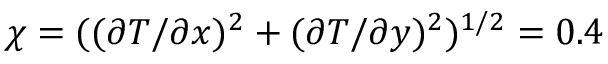
\chi = ( ( \partial T / \partial x ) ^ { 2 } + ( \partial T / \partial y ) ^ { 2 } ) ^ { 1 / 2 } = 0 . 4